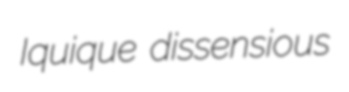
Iquique dissensious